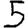
Digit: 5